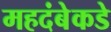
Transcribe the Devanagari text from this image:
महदंबेकडे